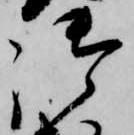
御